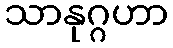
သာနုဂ္ဂဟာ